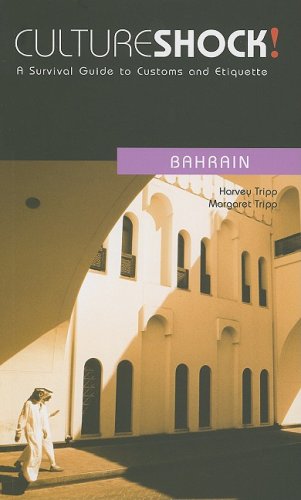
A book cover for Culture Shock! Bahrain: A Survival Guide to Customs and Etiquette (Culture Shock! Guides) (Culture Shock! A Survival Guide to Customs & Etiquette); Harvey Tripp; Travel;